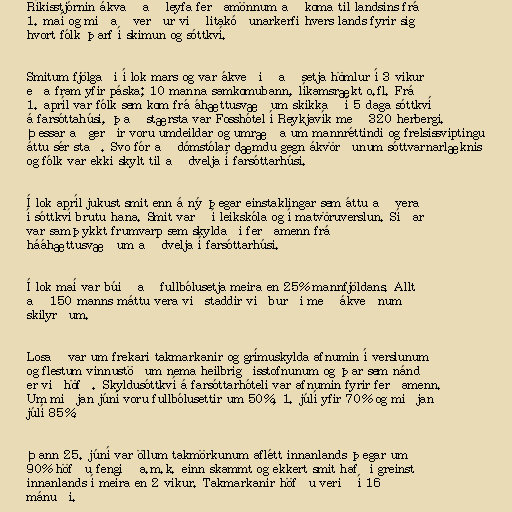
Ríkisstjórnin ákvað að leyfa ferðamönnum að koma til landsins frá
1. maí og miðað verður við litakóðunarkerfi hvers lands fyrir sig
hvort fólk þarf í skimun og sóttkví.

Smitum fjölgaði í lok mars og var ákveðið að setja hömlur í 3 vikur
eða fram yfir páska; 10 manna samkomubann, líkamsrækt o.fl. Frá
1. apríl var fólk sem kom frá áhættusvæðum skikkað í 5 daga sóttkví
á farsóttahúsi, það stærsta var Fosshótel í Reykjavík með 320 herbergi.
Þessar aðgerðir voru umdeildar og umræða um mannréttindi og frelsissviptingu
áttu sér stað. Svo fór að dómstólar dæmdu gegn ákvörðunum sóttvarnarlæknis
og fólk var ekki skylt til að dvelja í farsóttarhúsi.

Í lok apríl jukust smit enn á ný þegar einstaklingar sem áttu að vera
í sóttkví brutu hana. Smit varð í leikskóla og í matvöruverslun. Síðar
var samþykkt frumvarp sem skyldaði ferðamenn frá
hááhættusvæðum að dvelja í farsóttarhúsi.

Í lok maí var búið að fullbólusetja meira en 25% mannfjöldans. Allt
að 150 manns máttu vera viðstaddir viðburði með ákveðnum
skilyrðum.

Losað var um frekari takmarkanir og grímuskylda afnumin í verslunum
og flestum vinnustöðum nema heilbrigðisstofnunum og þar sem nánd
er viðhöfð. Skyldusóttkví á farsóttarhóteli var afnumin fyrir ferðamenn.
Um miðjan júní voru fullbólusettir um 50%, 1. júlí yfir 70% og miðjan
júlí 85%.

Þann 25. júní var öllum takmörkunum aflétt innanlands þegar um
90% höfðu fengið a.m.k. einn skammt og ekkert smit hafði greinst
innanlands í meira en 2 vikur. Takmarkanir höfðu verið í 16
mánuði.